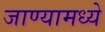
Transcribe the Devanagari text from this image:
जाण्यामध्ये